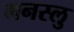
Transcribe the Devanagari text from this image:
मनस्लु